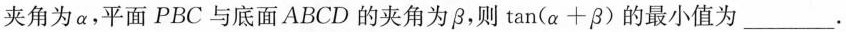
夹角为\alpha ，平面PBC与底面ABCD的夹角为\beta ，则$$\tan(\alpha +\beta )$$的最小值为___。